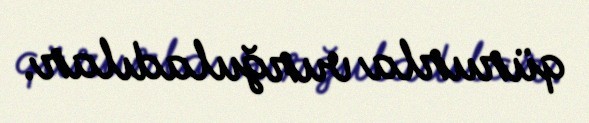
qürurla vurğuladılar.